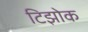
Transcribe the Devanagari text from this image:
टिझोक